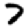
Digit: 7